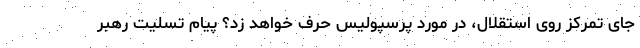
جای تمرکز روی استقلال، در مورد پرسپولیس حرف خواهد زد؟ پیام تسلیت رهبر